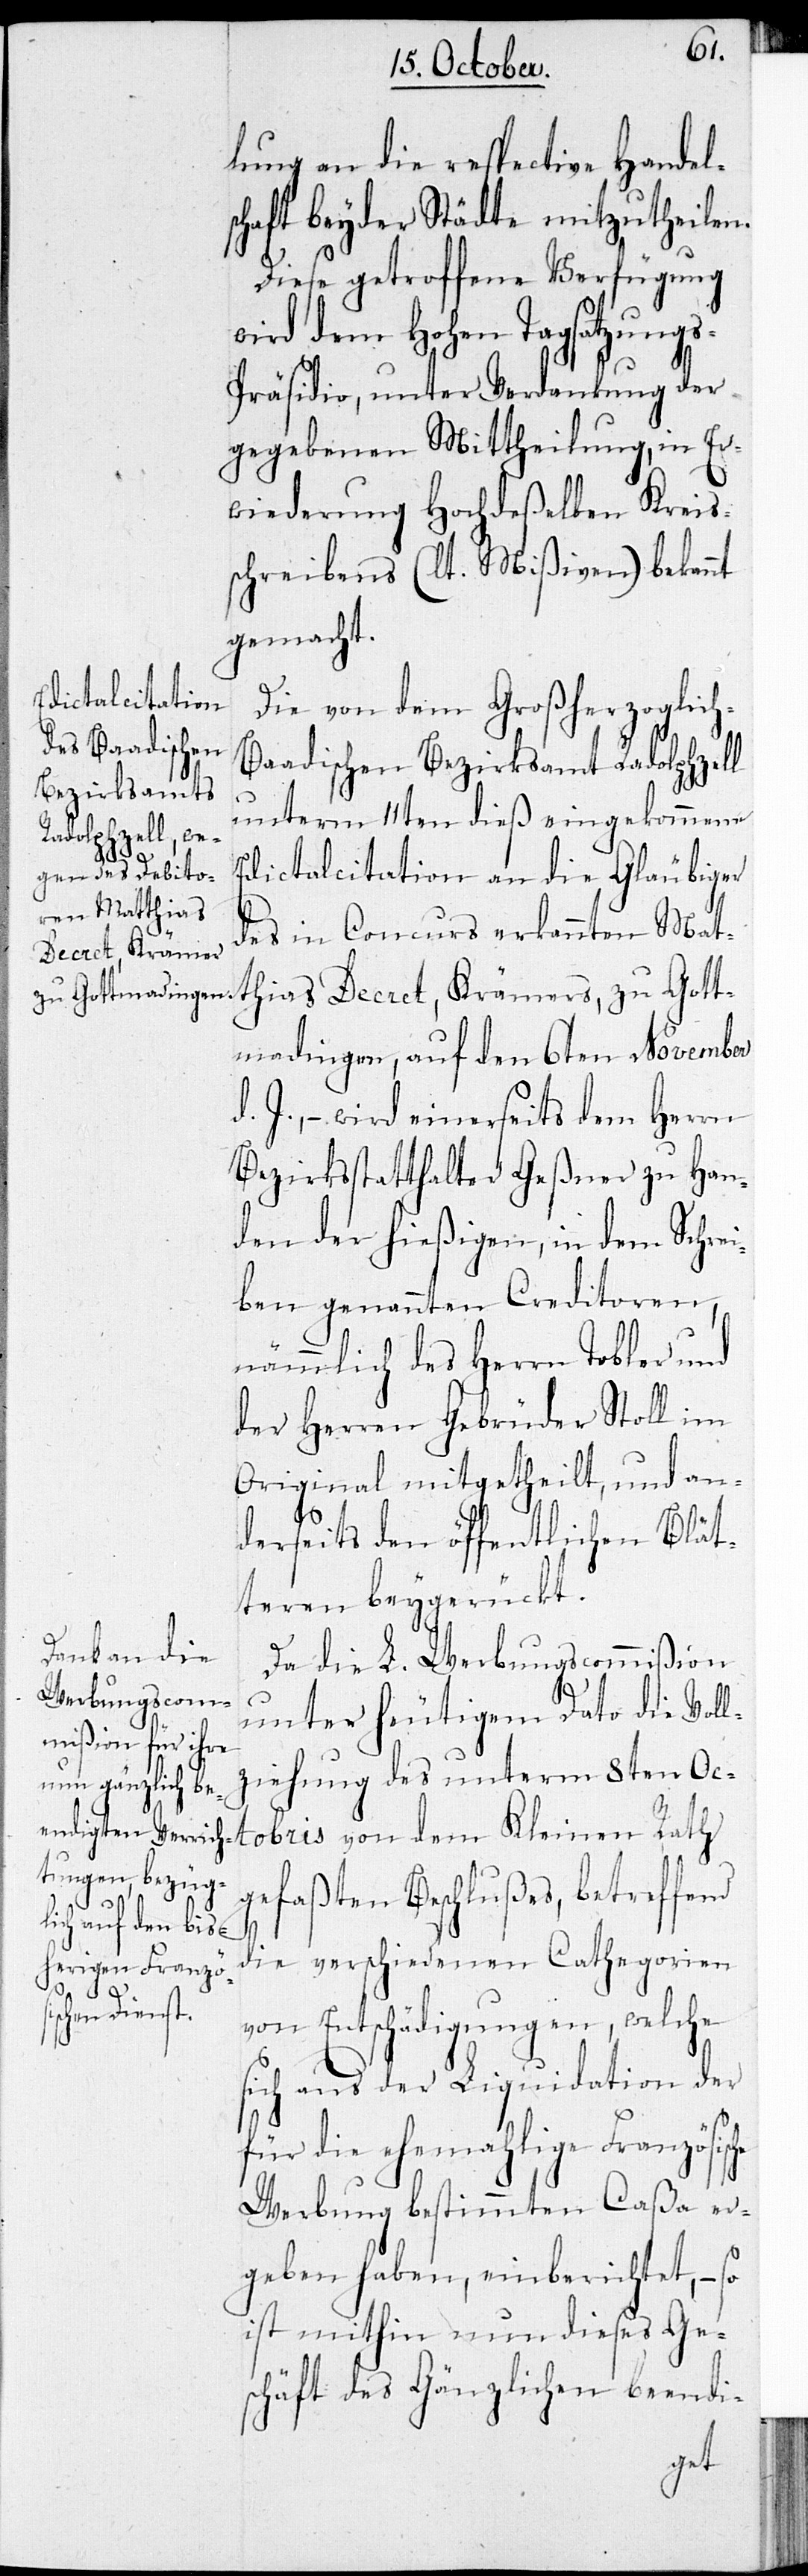
h-B¬
lung an die respective Handel¬
schaft beyder Städte mitzutheilen.
Diese getroffene Verfügung
wird dem Hohen Tagsatzungs¬
präsidio, unter Verdankung der
gegebenen Mittheilung, in Er¬
wiederung Hochdeßelben Kreis¬
schreibens (lt. Mißiven) bekannt
gemacht.
Die von dem Großherzoglic¬
aadischen Bezirksamt Radolphzell
unterm 11ten dieß eingekommene
Edictalcitation an die Gläubiger
des in Concurs erkannten Mat¬
thias Decret, Krämers, zu Gott¬
madingen, auf den 6ten November
J., – wird einerseits dem Herrn
Bezirksstatthalter Geßner zu Han¬
den der hießigen, in dem Schrei¬
ben genannten Creditoren,
nämlich des Herrn Tobler und
der Herren Gebrüder Stoll, im
Original mitgetheilt, und an¬
derseits den öffentlichen Blät¬
teren beygerückt.
Da die L. Werbungscommißion
unter heutigem Dato die Voll¬
ziehung des unterm 8ten Oc¬
tobris von dem Kleinen Rath
gefaßten Beschlußes, betreffend
die verschiedenen Cathegorien
von Entschädigungen, welche
sich aus der Liquidation der
für die ehemalige Französische
Werbung bestimmten Caßa er¬
geben haben, einberichtet, – so
ist mithin nun dieses Ge¬
schäft des Gänzlichen beendi-